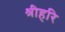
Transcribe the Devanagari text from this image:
श्रीहरि